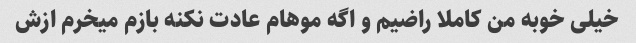
خیلی خوبه من کاملا راضیم و اگه موهام عادت نکنه بازم میخرم ازش